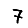
Digit: 7